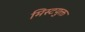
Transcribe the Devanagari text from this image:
मिस्टयुक्त